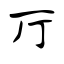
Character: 厅